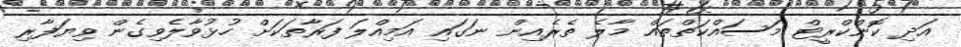
އަދި ކޮންކްރީޓް މަސައްކަތްތައް މާލެ ތެރެއިން ނަގައި އަމިއްލަ ފަރާތަކަށް ހުޅުވާލެވިގެން ވިޔަފާރި